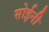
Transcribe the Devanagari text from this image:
सोईनी